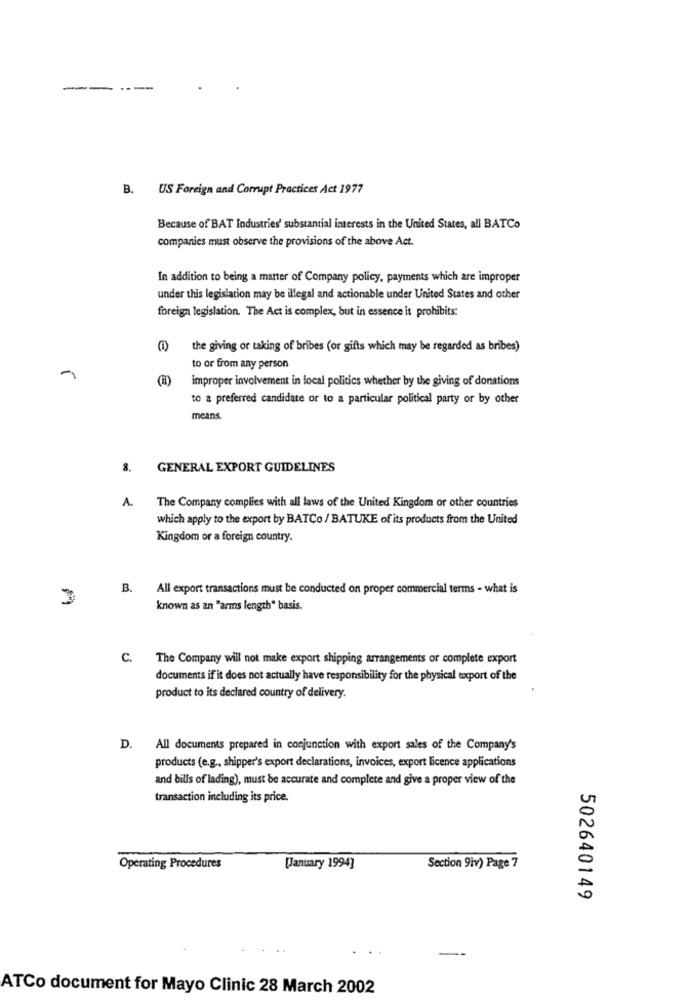
--
-
B. US Foreign and Corrupt Practices Act 1977
Because of BAT Industries' substantial interests in the United States, all BATCo
companies must observe the provisions of the above Act.
In addition to being a matter of Company policy, payments which are improper
under this legislation may be illegal and actionable under United States and other
foreign legislation. The Act is complex, but in essence it prohibits:
(1) the giving or taking of bribes (or gifts which may be regarded as bribes)
to or from any person
improper involvement in local politics whether by the giving of donations
to a preferred candidate or to a particular political party or by other
means.
8. GENERAL EXPORT GUIDELINES
A.
The Company complies with all laws of the United Kingdom or other countries
which apply to the export by BATCo / BATUKE of its products from the United
Kingdom or a foreign country.
B.
All export transactions must be conducted on proper commercial terms - what is
known as an "arms length" basis.
C.
The Company will not make export shipping arrangements or complete export
documents if it does not actually have responsibility for the physical export of the
product to its declared country of delivery.
D. All documents prepared in conjunction with export sales of the Company's
products (e.g ., shipper's export declarations, invoices, export licence applications
and bills of lading), must be accurate and complete and give a proper view of the
transaction including its price.
Operating Procedures
[January 1994]
Section 9iv) Page 7
502640149
ATCo document for Mayo Clinic 28 March 2002